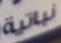
نباتية